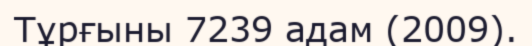
Тұрғыны 7239 адам (2009).